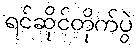
ရင်ဆိုင်တိုက်ပွဲ